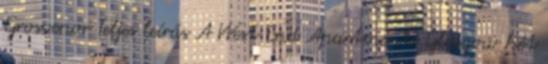
Grosvenor Teljes leírás A West End Apartments Glasgow hét